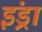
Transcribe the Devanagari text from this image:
इंड्रा